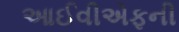
આઈવીએફની